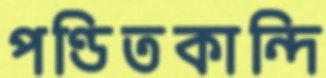
পণ্ডিতকান্দি